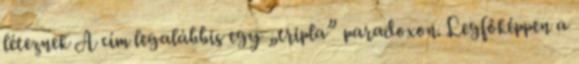
léteznek A cím legalábbis egy „tripla” paradoxon. Legfőképpen a